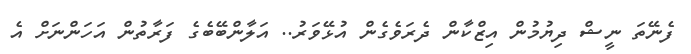
ފެނޭތަ ނީޝް ދިޔުމުން އިޒްކާން ދެރަވެގެން އުޅޭވަރު.. އަލާންބޭބެގެ ފަރާތުން އަހަންނަށް އެ